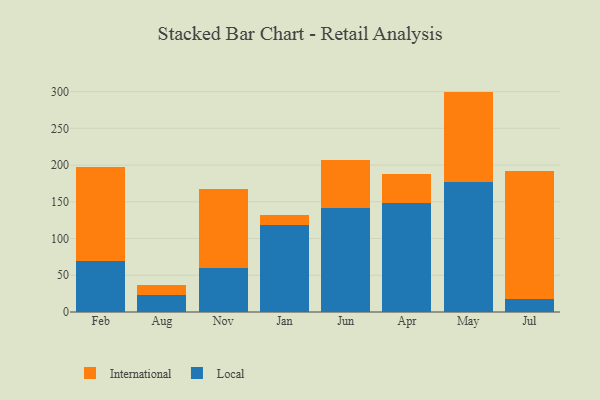
{"axis": {"x": "Month", "y": "Satisfaction Score"}, "legend": ["International", "Local"], "data": [{"x": "Feb", "y": 69.2, "type": "Local"}, {"x": "Feb", "y": 127.9, "type": "International"}, {"x": "Aug", "y": 23.4, "type": "Local"}, {"x": "Aug", "y": 12.8, "type": "International"}, {"x": "Nov", "y": 60.5, "type": "Local"}, {"x": "Nov", "y": 107.0, "type": "International"}, {"x": "Jan", "y": 118.0, "type": "Local"}, {"x": "Jan", "y": 13.4, "type": "International"}, {"x": "Jun", "y": 142.1, "type": "Local"}, {"x": "Jun", "y": 65.4, "type": "International"}, {"x": "Apr", "y": 148.6, "type": "Local"}, {"x": "Apr", "y": 39.6, "type": "International"}, {"x": "May", "y": 177.1, "type": "Local"}, {"x": "May", "y": 122.9, "type": "International"}, {"x": "Jul", "y": 17.8, "type": "Local"}, {"x": "Jul", "y": 174.8, "type": "International"}]}